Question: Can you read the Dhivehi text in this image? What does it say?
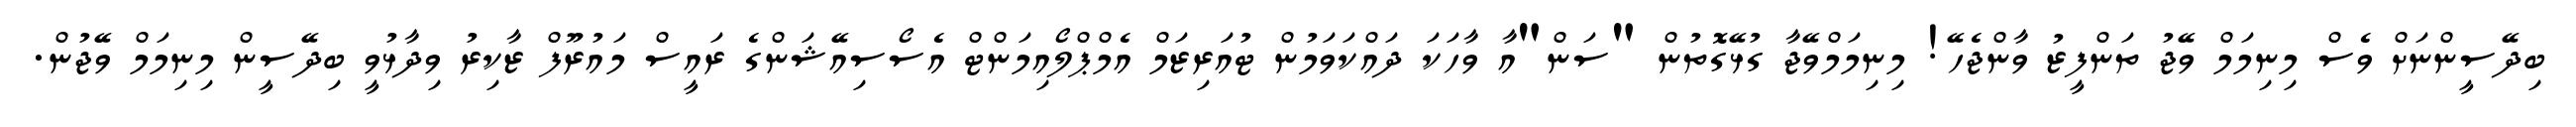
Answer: ބިދޭސީންނަށް ވެސް މިނިމަމް ވޭޖު ތަންފީޒު ވާންޖެހޭ! މިނިމަމްވޭޖާ ގުޅޭގޮތުން "ސަން"އާ ވާހަކަ ދައްކަވަމުން ޓުއަރިޒަމް އެމްޕްލޯއިމަންޓް އެސޯސިއޭޝަންގެ ރައީސް މައުރޫފް ޒާކިރު ވިދާޅުވީ ބިދޭސީން މިނިމަމް ވޭޖުން.